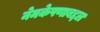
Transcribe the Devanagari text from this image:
नेमकेपणाबद्दल